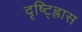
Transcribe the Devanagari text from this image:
दृष्ट्ह्रािस